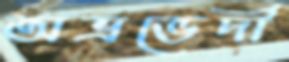
অভ্রভেদী